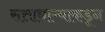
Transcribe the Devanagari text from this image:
सत्ताधाऱ्याकडून